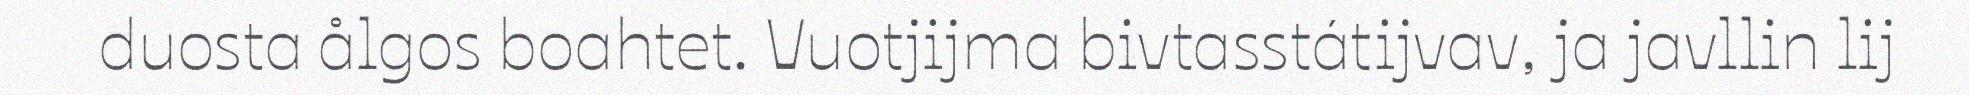
duosta ålgos boahtet. Vuotjijma bivtasstátijvav, ja javllin lij